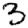
Digit: 3